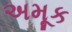
અમૂક